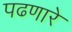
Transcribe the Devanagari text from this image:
पढणारे